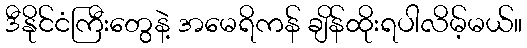
ဒီနိုင်ငံကြီးတွေနဲ့ အမေရိကန် ချိန်ထိုးရပါလိမ့်မယ်။